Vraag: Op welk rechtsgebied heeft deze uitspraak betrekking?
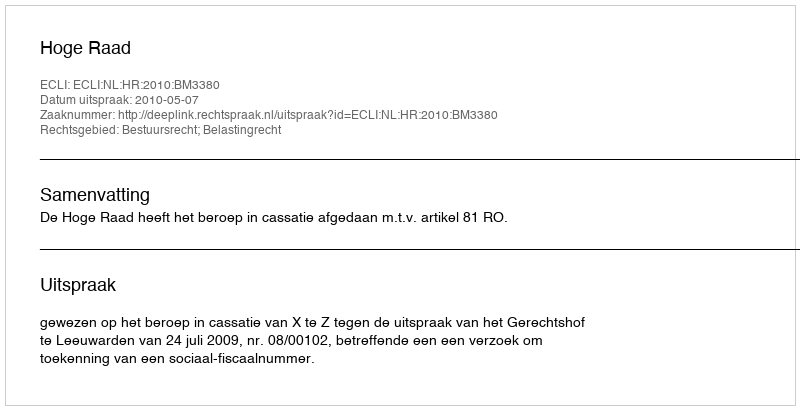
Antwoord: Bestuursrecht; Belastingrecht